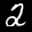
Label: 2